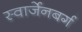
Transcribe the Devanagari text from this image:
स्वार्जेनबर्ग